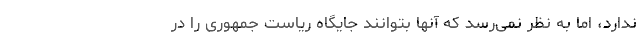
ندارد، اما به نظر نمی‌رسد که آنها بتوانند جایگاه ریاست جمهوری را در